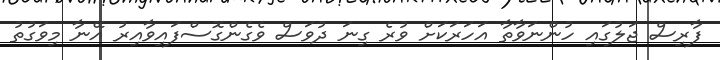
ފާރިސް ޖަލުގައި ހުންނަވާތާ އަހަރަކަށް ވުރެ ގިނަ ދުވަސް ވެގެންގޮސްފައިވާއިރު އޭނާ މިވަގުތު